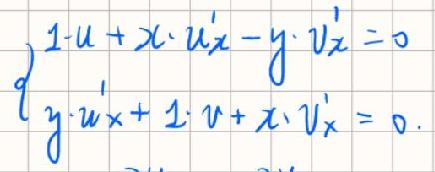
\[
\begin{cases}
1 - u + x\cdot u_{x}' - y\cdot v_{x}' = 0 \\
y\cdot u_{x}' + 1\cdot v + x\cdot v_{x}' = 0
\end{cases}
\]